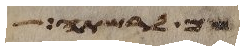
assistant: שם לרשת